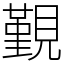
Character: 覲